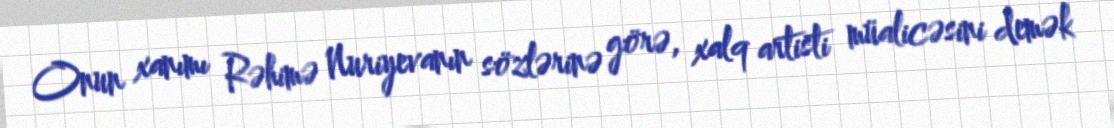
Onun xanımı Rəhimə Nuriyevanın sözlərinə görə, xalq artisti müalicəsini demək